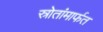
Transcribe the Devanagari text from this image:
स्रोतांमार्फत